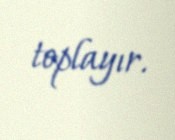
toplayır.